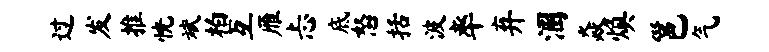
过发推恍斌柏互雁忐底怒括波率弃溷焱焕邕气